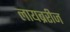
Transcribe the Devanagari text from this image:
लायब्ररीज